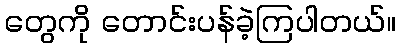
တွေကို တောင်းပန်ခဲ့ကြပါတယ်။